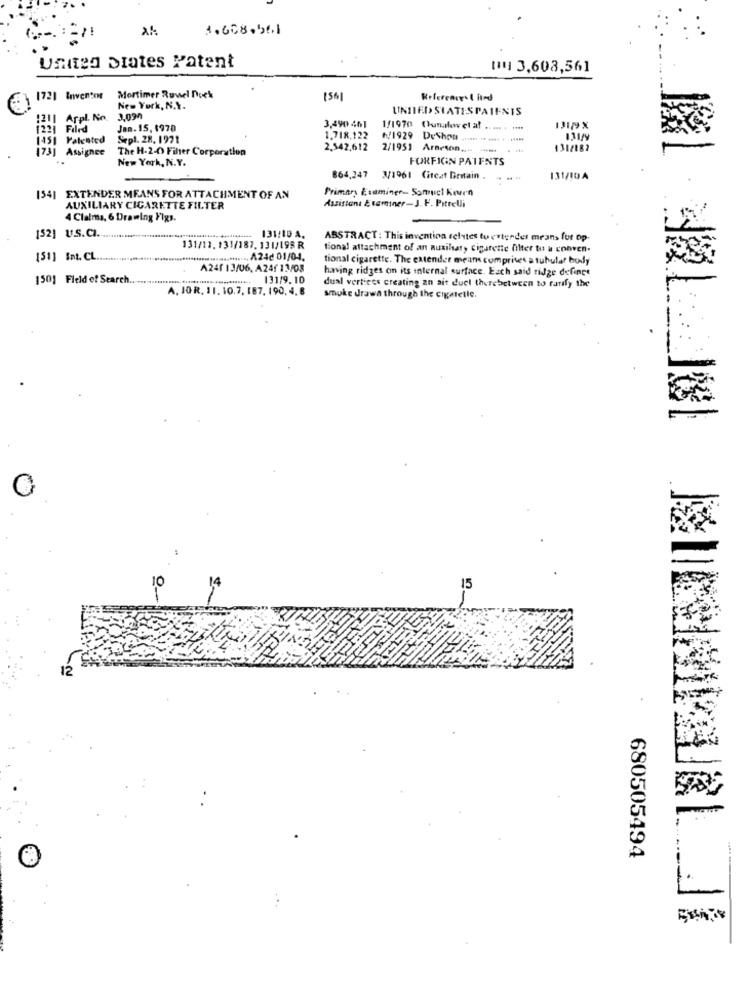
3.608.561
United States Patent
( 3,603,561
1721 Inventor
Mortimer Ruvel Doek
Refereares ( htrd
New York, N.Y.
UNITED STATESPAIFNIS
1211 Arpl. No.
3.090
1221 Filed
Jan. 15, 1970
3,490 461
1/1970 Ounalowvet af .
(45) Patented Sepl. 28. 1971
1.718.122 h/1929 DeThon
1.718.122
173] Assignee
The H-2-0 Filter Corporation
2.542,612 2/1951 Aracion .... - ...
431/182
New York, N.Y.
FOREIGN PATENTS
864,247 3/1961 Circat Demain .
---
131/10A
Primary Examiner- Somuch Kevin
154| EXTENDER MEANS FOR ATTACHMENT OF AN
AUXILIARY CIGARETTE FILTER
Assistant Etaminer-J. F. Petrelli
4 Clalma, 6 Drawing Figs.
152] U.S.CI.
131/10 A.
ABSTRACT : This invention selvtes tu etterder means for op-
131/12. 131/187. 131/198 R
tional attachment of an auxihaty cigarette filter to a conven-
151] S.t. C ................................******................. A242 01/04.
tional cigarette. The extender means comprises a tubular body
A241 13/06, A24f 13/08
having ridges on its internal surface. Each said ridge defines
1501 Field of Search .. ......................................... 131/9. 10
A. JOR. 11. 10,7, 187, 190, 4,6
dual vertices creating an ait duel therebetween to ranfy the
smoke drawn through the cigarette.
10
14
15
12
680505494